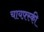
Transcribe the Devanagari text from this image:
चायफ़्स्की